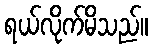
ရယ်လိုက်မိသည်။